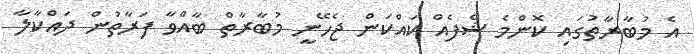
އެ މުބާރާތުގައި ކޮންމެ ޝެފެއް ކައްކަން ޖެހޭނީ މުބާރާތް ބާއްވާ ފަރާތުން ދައްކާލާ